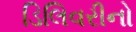
ડિલિવરીનો